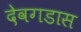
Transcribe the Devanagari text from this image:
देवगडास